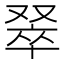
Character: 𫩅